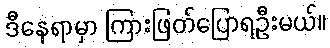
ဒီနေရာမှာ ကြားဖြတ်ပြောရဦးမယ်။